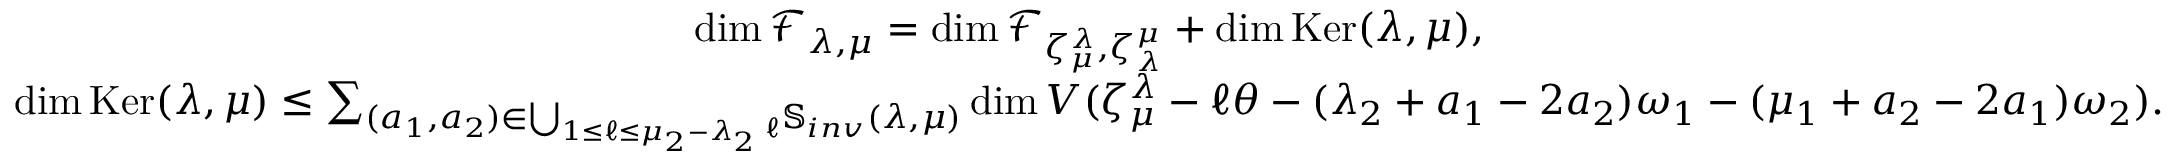
\begin{array} { c } { \dim \mathcal F _ { \lambda , \mu } = \dim \mathcal F _ { \zeta _ { \mu } ^ { \lambda } , \zeta _ { \lambda } ^ { \mu } } + \dim \operatorname { K e r } ( \lambda , \mu ) , } \\ { \dim \operatorname { K e r } ( \lambda , \mu ) \leq \sum _ { ( a _ { 1 } , a _ { 2 } ) \in \bigcup _ { 1 \leq \ell \leq \mu _ { 2 } - \lambda _ { 2 } } { _ \ell } { \mathbb S } _ { i n v } ( \lambda , \mu ) } \dim V ( \zeta _ { \mu } ^ { \lambda } - \ell \theta - ( \lambda _ { 2 } + a _ { 1 } - 2 a _ { 2 } ) \omega _ { 1 } - ( \mu _ { 1 } + a _ { 2 } - 2 a _ { 1 } ) \omega _ { 2 } ) . } \end{array}